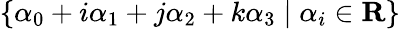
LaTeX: \{ \alpha_{0}+i\alpha_{1}+j\alpha_{2}+k\alpha_{3}\mid\alpha_{i}\in\mathbf{R}\}